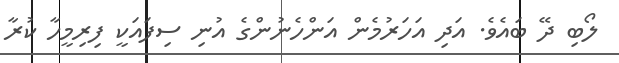
ލޯބި ދޭ ބައެވެ. އަދި އަހަރުމެން އަންހެނުންގެ އުނި ސިފައަކީ ފިރިމީހާ ކުރާ